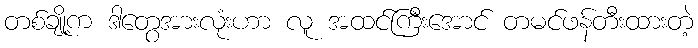
တစ်ချို့က ဒါတွေအားလုံးဟာ လူ အထင်ကြီးအောင် တမင်ဖန်တီးထားတဲ့